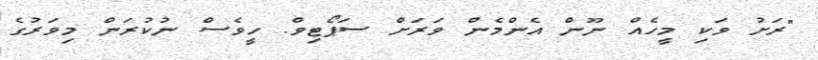
"ރަށު ވަކި މީހެއް ނޫން އެންމެން ވަރަށް ސަޕޯޓިވް. ހީވެސް ނުކުރަން މިވަރުގެ